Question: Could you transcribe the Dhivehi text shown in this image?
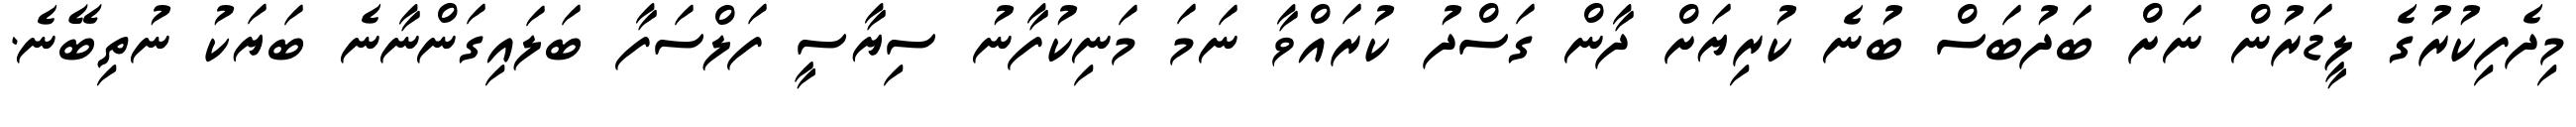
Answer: މިދެފިކުރުގެ ލީޑަރުން ނަށް ބަދުބަސް ބުނެ ކުރިޔަށް ދާން ގަސްދު ކުރައްވާ ނަމަ މަނިކުފާނު ސިޔާސީ ފަލްސަފާ ބަލައިގަންނާނެ ބަޔަކު ނުތިބޭނެ.